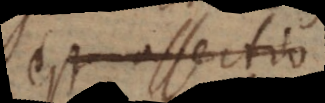
est assertio